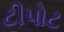
ટીપોટ